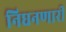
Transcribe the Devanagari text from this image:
निघनणारी